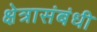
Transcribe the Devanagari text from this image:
क्षेत्रासंबंधी